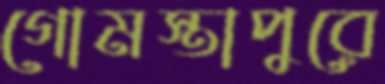
গোমস্তাপুরে